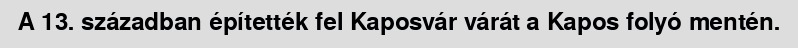
A 13. században építették fel Kaposvár várát a Kapos folyó mentén.